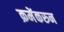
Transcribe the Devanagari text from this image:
क्रमेंकरुन